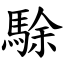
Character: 駼